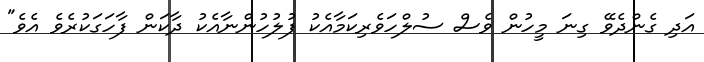
އަދި ގެންދެވޭ ގިނަ މީހުން ވެސް ސުލްހަވެރިކަމާއެކު ފުލުހުންނާއެކު ދާކަން ފާހަގަކުރެވެ އެވެ"